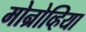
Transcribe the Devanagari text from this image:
मोन्रोव्हिया